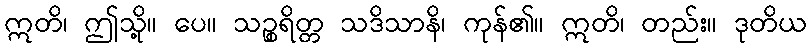
ဣတိ၊ ဤသို့။ ပေ။ သဉ္စရိတ္တ သဒိသာနိ၊ ကုန်၏။ ဣတိ၊ တည်း။ ဒုတိယ